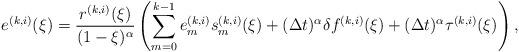
LaTeX: \begin{align*}e^{(k,i)}(\xi)=\frac{r^{(k,i)}(\xi)}{(1-\xi)^{\alpha}}\left(\sum_{m=0}^{k-1}e_{m}^{(k,i)}s_{m}^{(k,i)}(\xi)+(\Delta t)^{\alpha}\delta f^{(k,i)}(\xi)+(\Delta t)^{\alpha}\tau^{(k,i)}(\xi)\right),\end{align*}